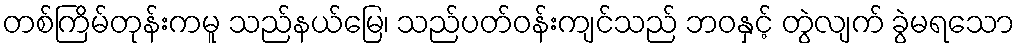
တစ်ကြိမ်တုန်းကမူ သည်နယ်မြေ၊ သည်ပတ်ဝန်းကျင်သည် ဘဝနှင့် တွဲလျက် ခွဲမရသော